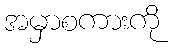
အမှာစကားကို